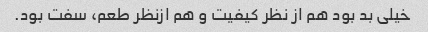
خیلی بد بود هم از نظر کیفیت و هم ازنظر طعم، سفت بود.